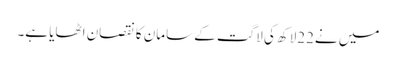
میں نے22لاکھ کی لاگت کے سامان کا نقصان اٹھایا ہے۔